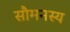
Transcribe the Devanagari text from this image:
सौमनस्य